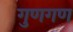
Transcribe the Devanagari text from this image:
गुणगण